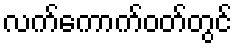
လက်ကောက်ဝတ်တွင်